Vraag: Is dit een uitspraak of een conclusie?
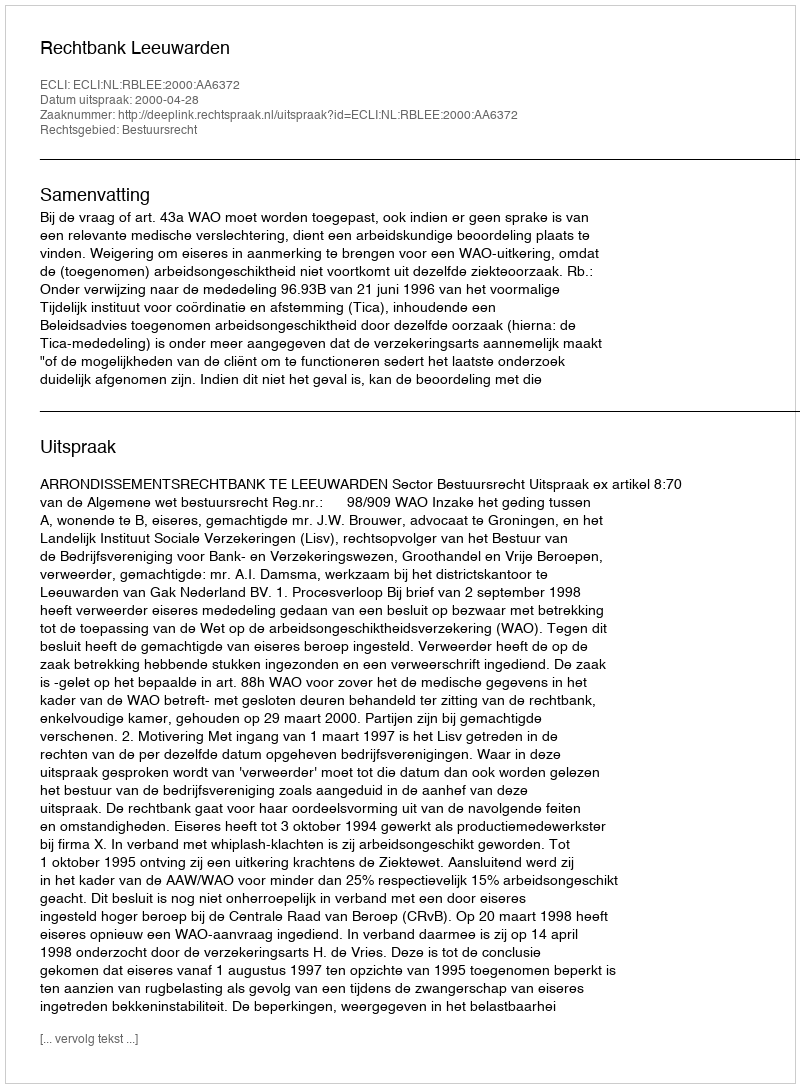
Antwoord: Uitspraak